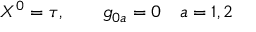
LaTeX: X ^ { 0 } = \tau , \qquad g _ { 0 a } = 0 \quad a = 1 , 2